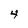
Character: 4